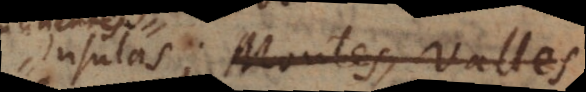
insulas; Montes, valles,